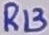
Text: R13